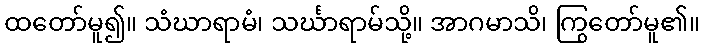
ထတော်မူ၍။ သံဃာရာမံ၊ သင်္ဃာရာမ်သို့။ အာဂမာသိ၊ ကြွတော်မူ၏။